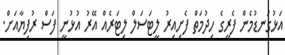
އަޅުގަނޑުމެން ފެރީގެ ހިދުމަތް ފެށިއިރު ލީޓަސަލް ލިޓަރެއް އޭރު އުޅުނީ ފަސް ރުފިޔާއަށް.